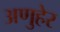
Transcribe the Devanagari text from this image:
अणुहेर